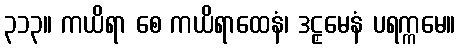
၃၁၃။ ကယိရာ စေ ကယိရာထေနံ၊ ဒဠှမေနံ ပရက္ကမေ။